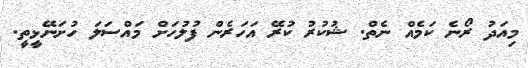
މިއަދު ރޯނެ ކަމެއް ނެތް. ޝުކުރު ކުރޭ އަހަރެން ފުލުހަށް މައްސަލަ ހުށަނޭޅީތީ.